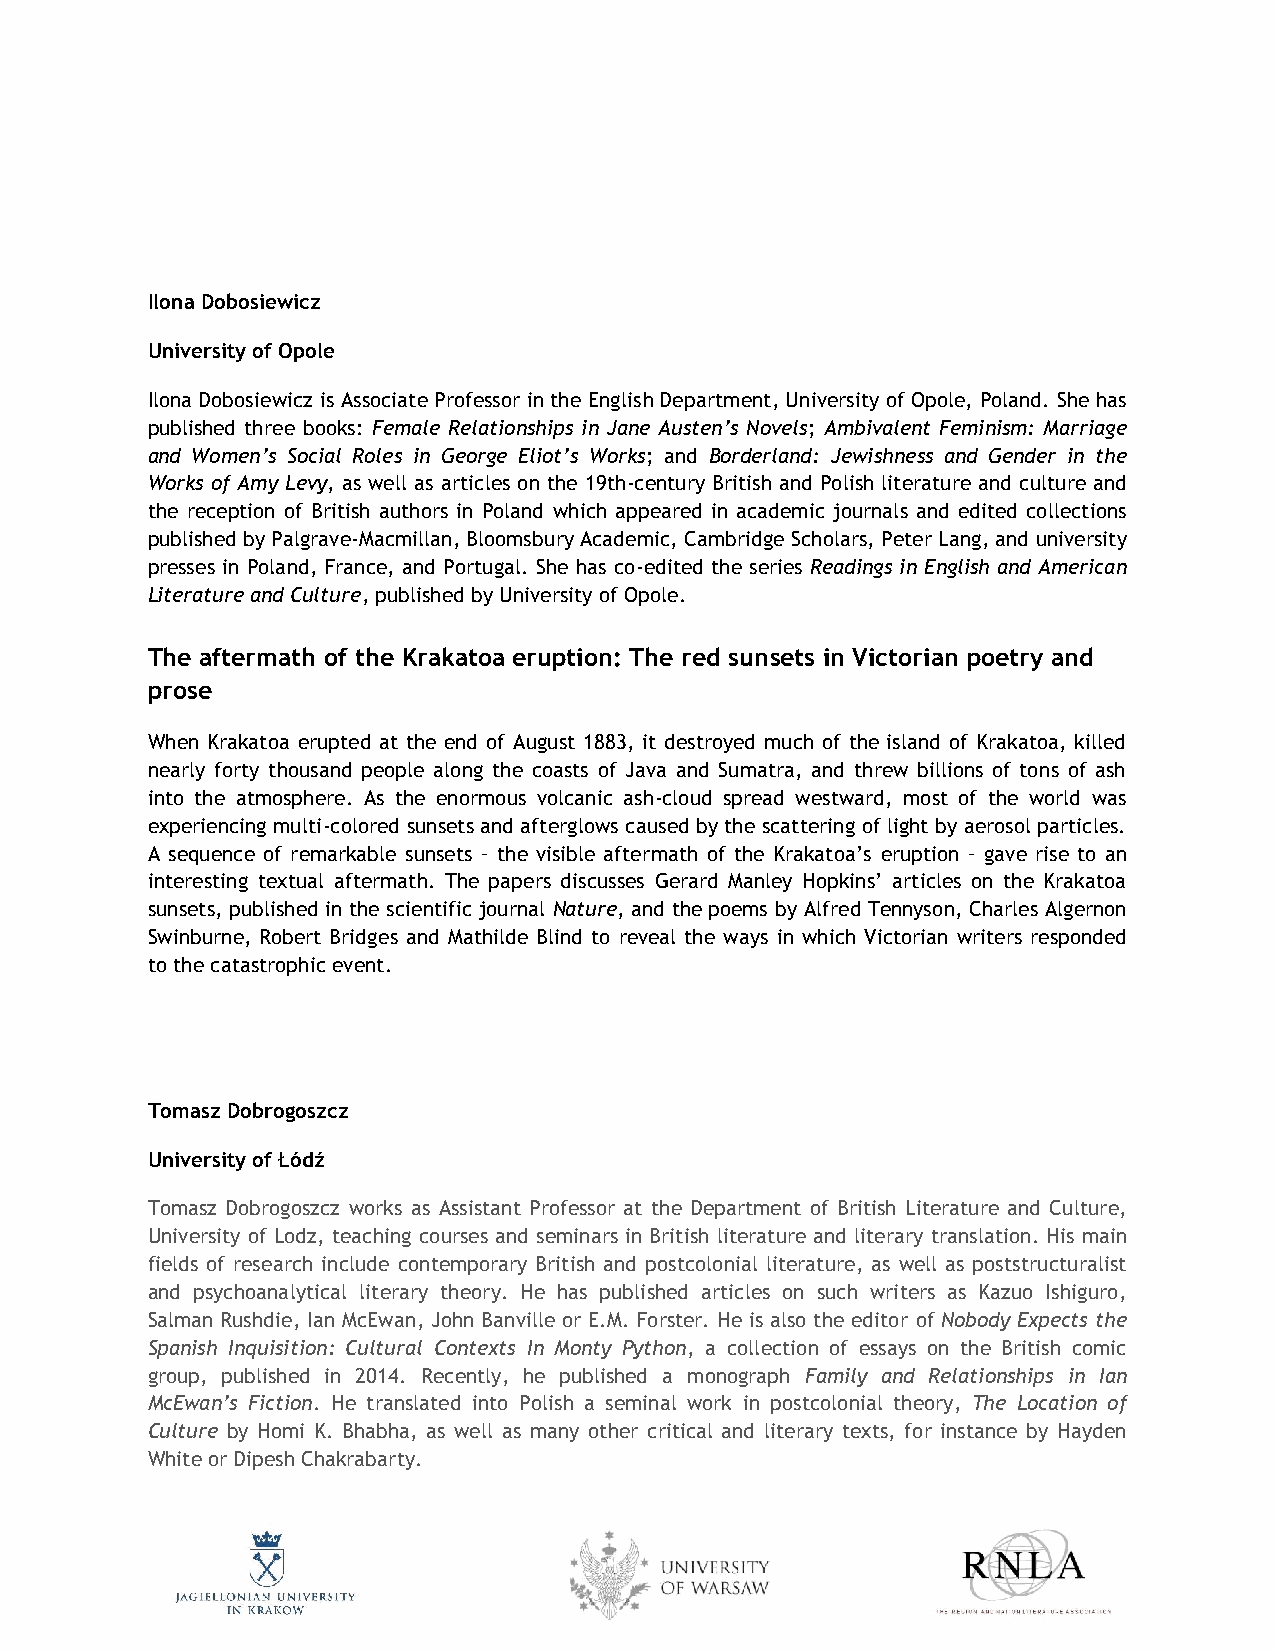
Ilona Dobosiewicz
 University of Opole
 Ilona Dobosiewicz is Associate Professor in the English Department, University of Opole, Poland. She has
 published three books: Female Relationships in Jane Austen’s Novels; Ambivalent Feminism: Marriage
 and Women’s Social Roles in George Eliot’s Works; and Borderland: Jewishness and Gender in the
 Works of Amy Levy, as well as articles on the 19th-century British and Polish literature and culture and
 the reception of British authors in Poland which appeared in academic journals and edited collections
 published by Palgrave-Macmillan, Bloomsbury Academic, Cambridge Scholars, Peter Lang, and university
 presses in Poland, France, and Portugal. She has co-edited the series Readings in English and American
 Literature and Culture, published by University of Opole.
 The aftermath of the Krakatoa eruption: The red sunsets in Victorian poetry and
 prose
 When Krakatoa erupted at the end of August 1883, it destroyed much of the island of Krakatoa, killed
 nearly forty thousand people along the coasts of Java and Sumatra, and threw billions of tons of ash
 into the atmosphere. As the enormous volcanic ash-cloud spread westward, most of the world was
 experiencing multi-colored sunsets and afterglows caused by the scattering of light by aerosol particles.
 A sequence of remarkable sunsets – the visible aftermath of the Krakatoa’s eruption – gave rise to an
 interesting textual aftermath. The papers discusses Gerard Manley Hopkins’ articles on the Krakatoa
 sunsets, published in the scientific journal Nature, and the poems by Alfred Tennyson, Charles Algernon
 Swinburne, Robert Bridges and Mathilde Blind to reveal the ways in which Victorian writers responded
 to the catastrophic event.
 Tomasz Dobrogoszcz
 University of Łódź
 Tomasz Dobrogoszcz works as Assistant Professor at the Department of British Literature and Culture,
 University of Lodz, teaching courses and seminars in British literature and literary translation. His main
 fields of research include contemporary British and postcolonial literature, as well as poststructuralist
 and psychoanalytical literary theory. He has published articles on such writers as Kazuo Ishiguro,
 Salman Rushdie, Ian McEwan, John Banville or E.M. Forster. He is also the editor of Nobody Expects the
 Spanish Inquisition: Cultural Contexts In Monty Python, a collection of essays on the British comic
 group, published in 2014. Recently, he published a monograph Family and Relationships in Ian
 McEwan’s Fiction. He translated into Polish a seminal work in postcolonial theory, The Location of
 Culture by Homi K. Bhabha, as well as many other critical and literary texts, for instance by Hayden
 White or Dipesh Chakrabarty.